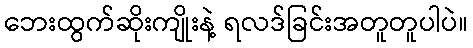
ဘေးထွက်ဆိုးကျိုးနဲ့ ရလဒ်ခြင်းအတူတူပါပဲ။